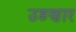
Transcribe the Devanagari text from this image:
उडणार